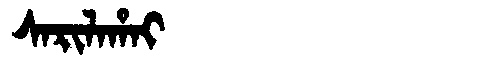
Manchu: ᠰᠠᡵᡳᠯᠠᡥᠠᡳ
Romanization: SARILAHAI